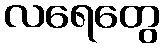
လရေတွေ